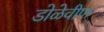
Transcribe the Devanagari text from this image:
डोळेवीण